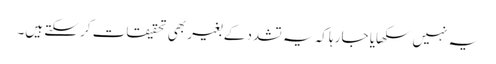
یہ نہیں سکھایا جا رہا کہ یہ تشدد کے بغیر بھی تحقیقات کر سکتے ہیں۔